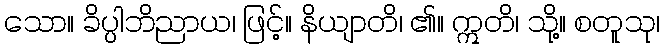
သော။ ခိပ္ပါဘိညာယ၊ ဖြင့်။ နိယျာတိ၊ ၏။ ဣတိ၊ သို့။ စတူသု၊